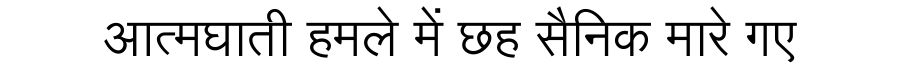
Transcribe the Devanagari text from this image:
आत्मघाती हमले में छह सैनिक मारे गए